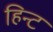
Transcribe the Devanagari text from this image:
हिन्ट